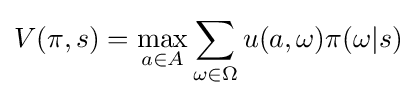
V(\pi ,s)={\underset {a\in A}{\operatorname {max} }}\sum _{\omega \in \Omega }u(a,\omega )\pi (\omega |s)